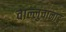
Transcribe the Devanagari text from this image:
वाल्लुवानाडु